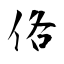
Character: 佫